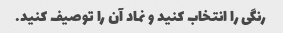
رنگی را انتخاب کنید و نماد آن را توصیف کنید.